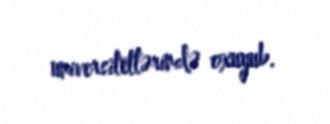
universitetlərində oxuyub.